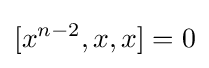
[x^{n-2},x,x]=0